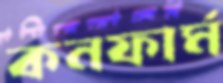
কনফার্ম